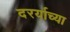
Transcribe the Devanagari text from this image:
दरर्याच्या